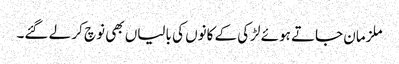
ملزمان جاتے ہوئے لڑکی کے کانوں کی بالیاں بھی نوچ کر لے گئے۔